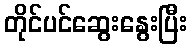
တိုင်ပင်ဆွေးနွေးပြီး